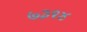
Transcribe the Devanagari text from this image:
७३१४